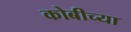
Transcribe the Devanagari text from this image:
कोबीच्या